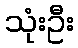
သုံးဦး